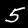
Label: 5